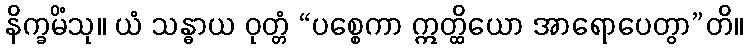
နိက္ခမိံသု။ ယံ သန္ဓာယ ဝုတ္တံ “ပစ္စေကာ ဣတ္ထိယော အာရောပေတွာ”တိ။